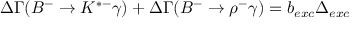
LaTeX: \Delta \Gamma ( B ^ { - } \to K ^ { * - } \gamma ) + \Delta \Gamma ( B ^ { - } \to \rho ^ { - } \gamma ) = b _ { e x c } \Delta _ { e x c }